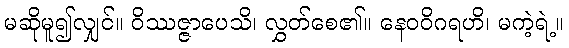
မဆိုမူ၍လျှင်။ ဝိဿဇ္ဇာပေသိ၊ လွှတ်စေ၏။ နေဝဝိဂရဟိ၊ မကဲ့ရဲ့။